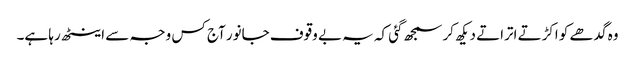
وہ گدھے کو اکڑتے اتراتے دیکھ کر سمجھ گئی کہ یہ بے وقوف جانور آج کس وجہ سے اینٹھ رہا ہے۔